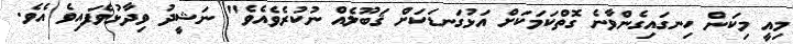
މިއީ މިކަން ހިނގައިގެންވާނެ ގޮތްކަމަކަށް އަޅުގަނޑަކަށް ޤަބޫލެއް ނުކުރެވެއެވެ" ނަޝީދު ވިދާޅުވެފައިވެ އެވެ.